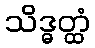
သိဒ္ဓတ္ထံ